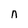
Character: n